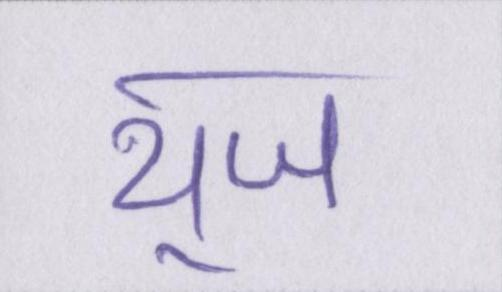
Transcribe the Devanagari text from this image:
यूज